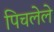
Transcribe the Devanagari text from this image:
पिचलेले